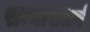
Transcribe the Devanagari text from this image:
सन्यासधर्म